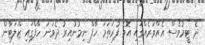
ދެ ޓީމުވެސް އެއްވަރެއްގައި އޮވެ ފުރަތަމަ ހާފް ނިމުނުއިރު ދެވަނަ ހާފްގައި ޒްލަޓާން